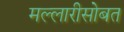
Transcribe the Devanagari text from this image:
मल्लारीसोबत